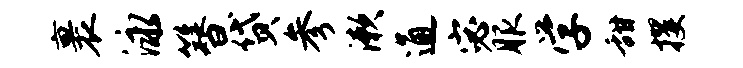
裹泳簪贷参漱通宓服学甜攫